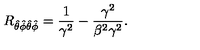
R _ { \hat { \theta } \hat { \phi } \hat { \theta } \hat { \phi } } = { \frac { 1 } { \gamma ^ { 2 } } } - \frac { \gamma ^ { 2 } } { \beta ^ { 2 } \gamma ^ { 2 } } .